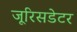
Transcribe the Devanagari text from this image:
जूरिसडेटर